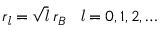
r _ { \mathit { l } } = { \sqrt { \mathit { l } } } \; r _ { B } \; \; \; { \mathit { l } } = 0 , 1 , 2 , \ldots